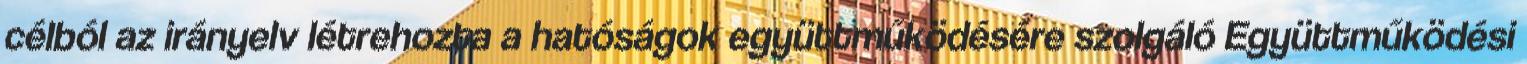
célból az irányelv létrehozta a hatóságok együttműködésére szolgáló Együttműködési